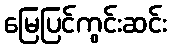
မြေပြင်ကွင်းဆင်း